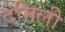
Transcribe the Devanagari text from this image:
दमिली